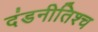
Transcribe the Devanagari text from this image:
दंडनीतिश्च